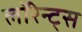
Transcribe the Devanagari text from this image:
लॉरेन्ट्स